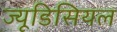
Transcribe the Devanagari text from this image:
ज्यूडिसियल